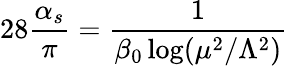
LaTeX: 28\frac{\alpha_{s}}{\pi}=\frac{1}{\beta_{0}\log(\mu^{2}/\Lambda^{2})}